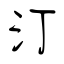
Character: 汀